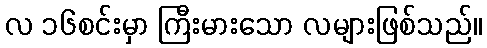
လ ၁၆စင်းမှာ ကြီးမားသော လများဖြစ်သည်။